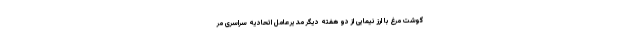
گوشت مرغ با ارز نیمایی از دو هفته دیگر مدیرعامل اتحادیه سراسری مر